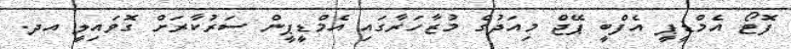
ފޮޓޯ އެމްޑީޕީ އެފްބީ ޕޭޖް މިއަދުގެ މުޒާހަރާގައި އެމްޑީޕީން ސަރުކާރަށް ގޮވައިލީ އދ.